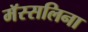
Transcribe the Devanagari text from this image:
मॅस्सलिना